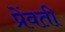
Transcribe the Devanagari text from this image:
प्रेंवती